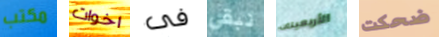
مكتب اخوات فى نبقي الأربعينات ضحكت